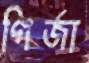
গির্জা